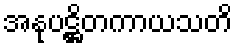
အနုပဋ္ဌိတကာယသတိ